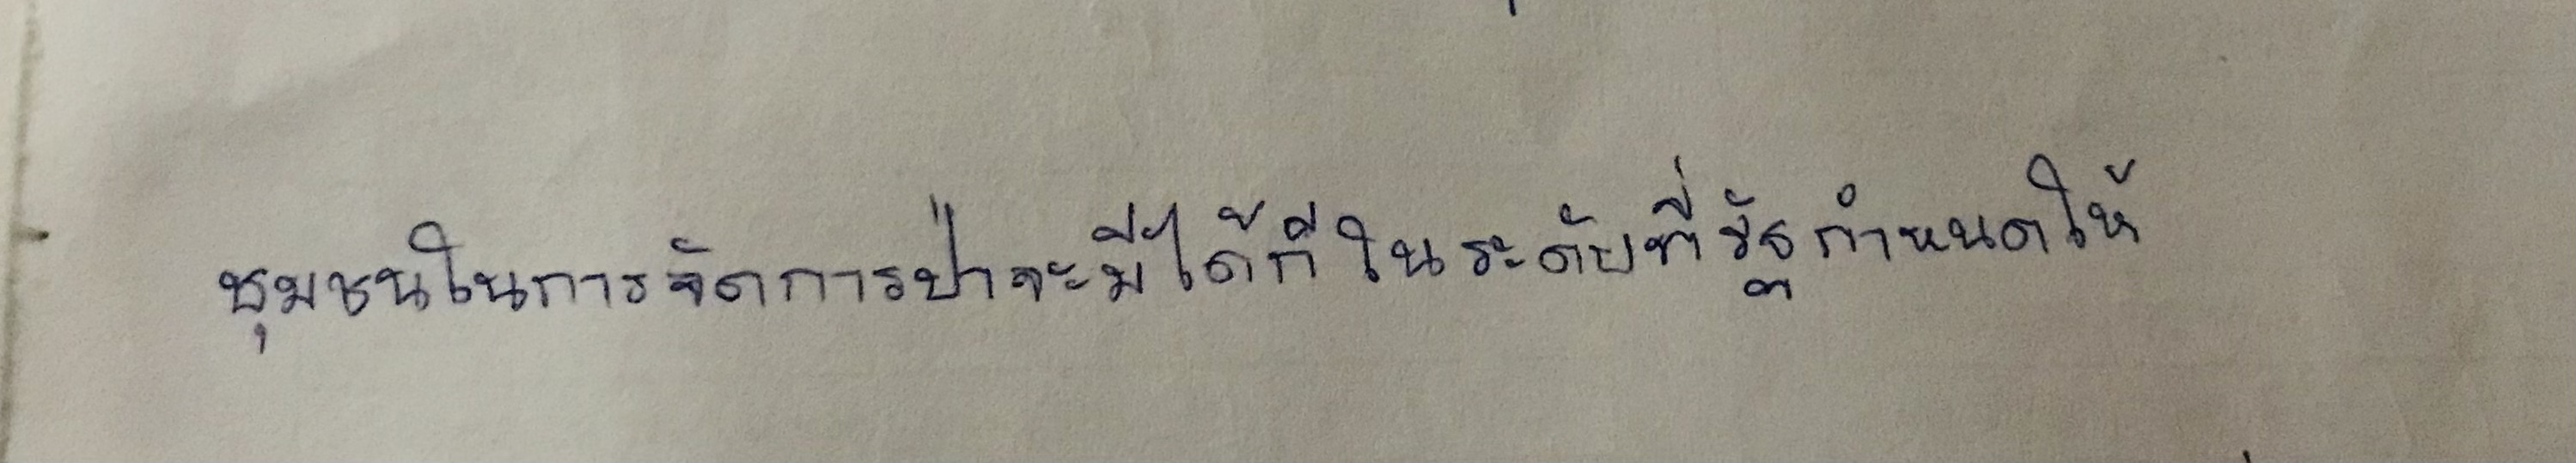
ชุมชนในการจัดการป่าจะมีได้ก็ในระดับที่รัฐกำหนดให้